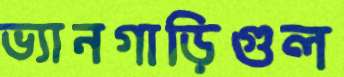
ভ্যানগাড়িগুল